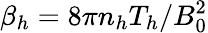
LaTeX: \beta_{h}=8\pi n_{h}T_{h}/B_{0}^{2}